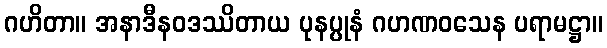
ဂဟိတာ။ အနာဒီနဝဒဿိတာယ ပုနပ္ပုနံ ဂဟဏဝသေန ပရာမဋ္ဌာ။